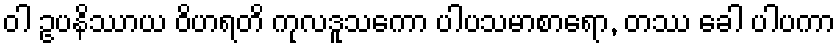
ဝါ ဥပနိဿာယ ဝိဟရတိ ကုလဒူသကော ပါပသမာစာရော, တဿ ခေါ ပါပကာ